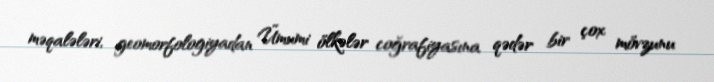
məqalələri, geomorfologiyadan Ümumi ölkələr coğrafiyasına qədər bir çox mövzunu